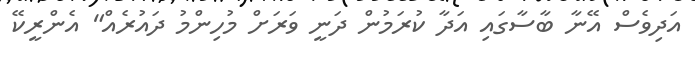
އަދިވެސް އޭނާ ބާސާގައި އަދާ ކުރަމުން ދަނީ ވަރަށް މުހިންމު ދައުރެއް" އެންރީކޭ